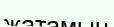
жатамын